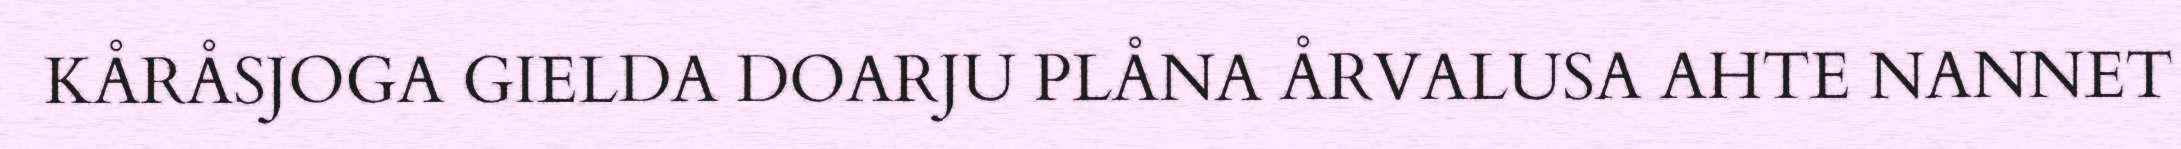
KÅRÅSJOGA GIELDA DOARJU PLÅNA ÅRVALUSA AHTE NANNET